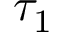
\tau _ { 1 }